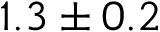
1 . 3 \pm 0 . 2